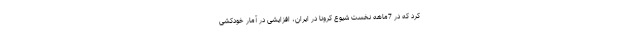
کرد که در 7ماهه نخست شیوع کرونا در ایران، افزایشی در آمار خودکشی